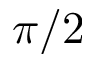
\pi / 2